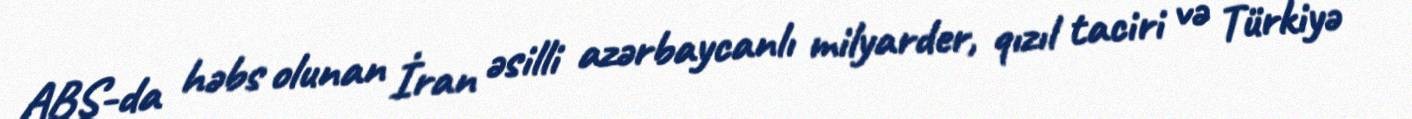
ABŞ-da həbs olunan İran əsilli azərbaycanlı milyarder, qızıl taciri və Türkiyə